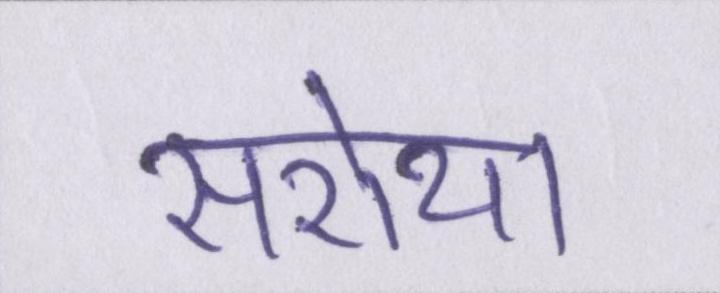
सरोथा